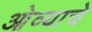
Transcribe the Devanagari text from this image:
ओव्याचे